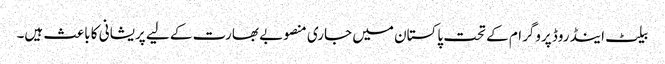
بیلٹ اینڈ روڈ پروگرام کے تحت پاکستان میں جاری منصوبے بھارت کے لیے پریشانی کا باعث ہیں۔